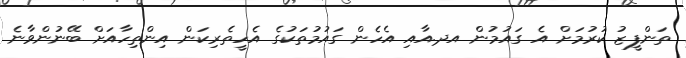
ތަންފީޒު ކުރުމަށް އެ ގައުމުން އދ.އާއި އެހެން ގައުމުތަކުގެ އެހީތެރިކަން އިންތިހާއަށް ބޭނުންވާނެ